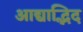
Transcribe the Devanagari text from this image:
आद्याद्भिद